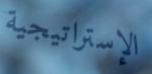
الإستراتيجية